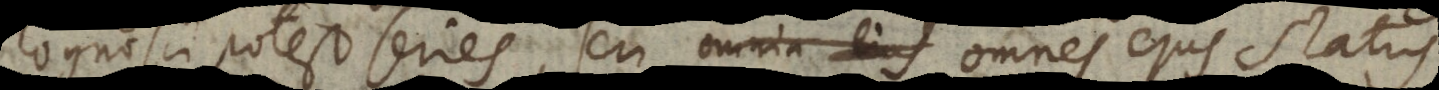
osci potest series, seu omnia omnes ejus status